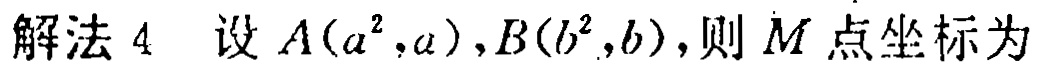
解法 4 设 \(A(a^{2},a),B(b^{2},b)\)，则 \(M\) 点坐标为